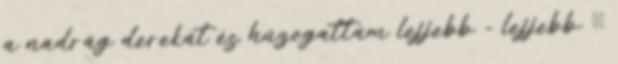
a nadrág derekát és húzogattam lejjebb - lejjebb. Ő